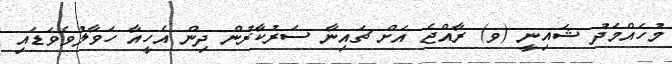
މުހައްމަދު ޝައިނީ (ވ) ރާއްޖެ އަށް ޗައިނާ ސަރުކާރުން ދިން އެހީއާ ހަވާލުވެވަޑައި